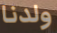
ولدنا